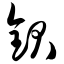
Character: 钡